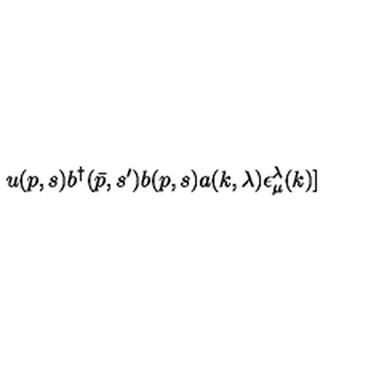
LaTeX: u ( p , s ) b ^ { \dagger } ( \bar { p } , s ^ { \prime } ) b ( p , s ) a ( k , \lambda ) \epsilon _ { \mu } ^ { \lambda } ( k ) ]